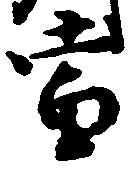
当